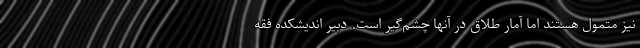
نیز متمول هستند اما آمار طلاق در آنها چشم‌گیر است. دبیر اندیشکده فقه